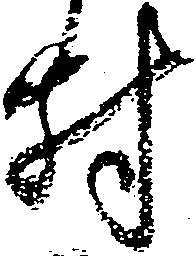
村